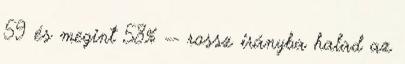
59 és megint 58% -- rossz irányba halad az